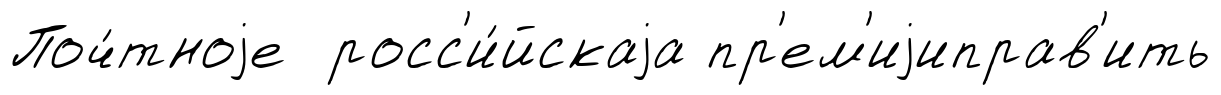
Поч́тноjе росс'и́йскаjа пр'ем'иjиправ'ить